Vabadussoja_Ajaloo_Komitee, lk 25
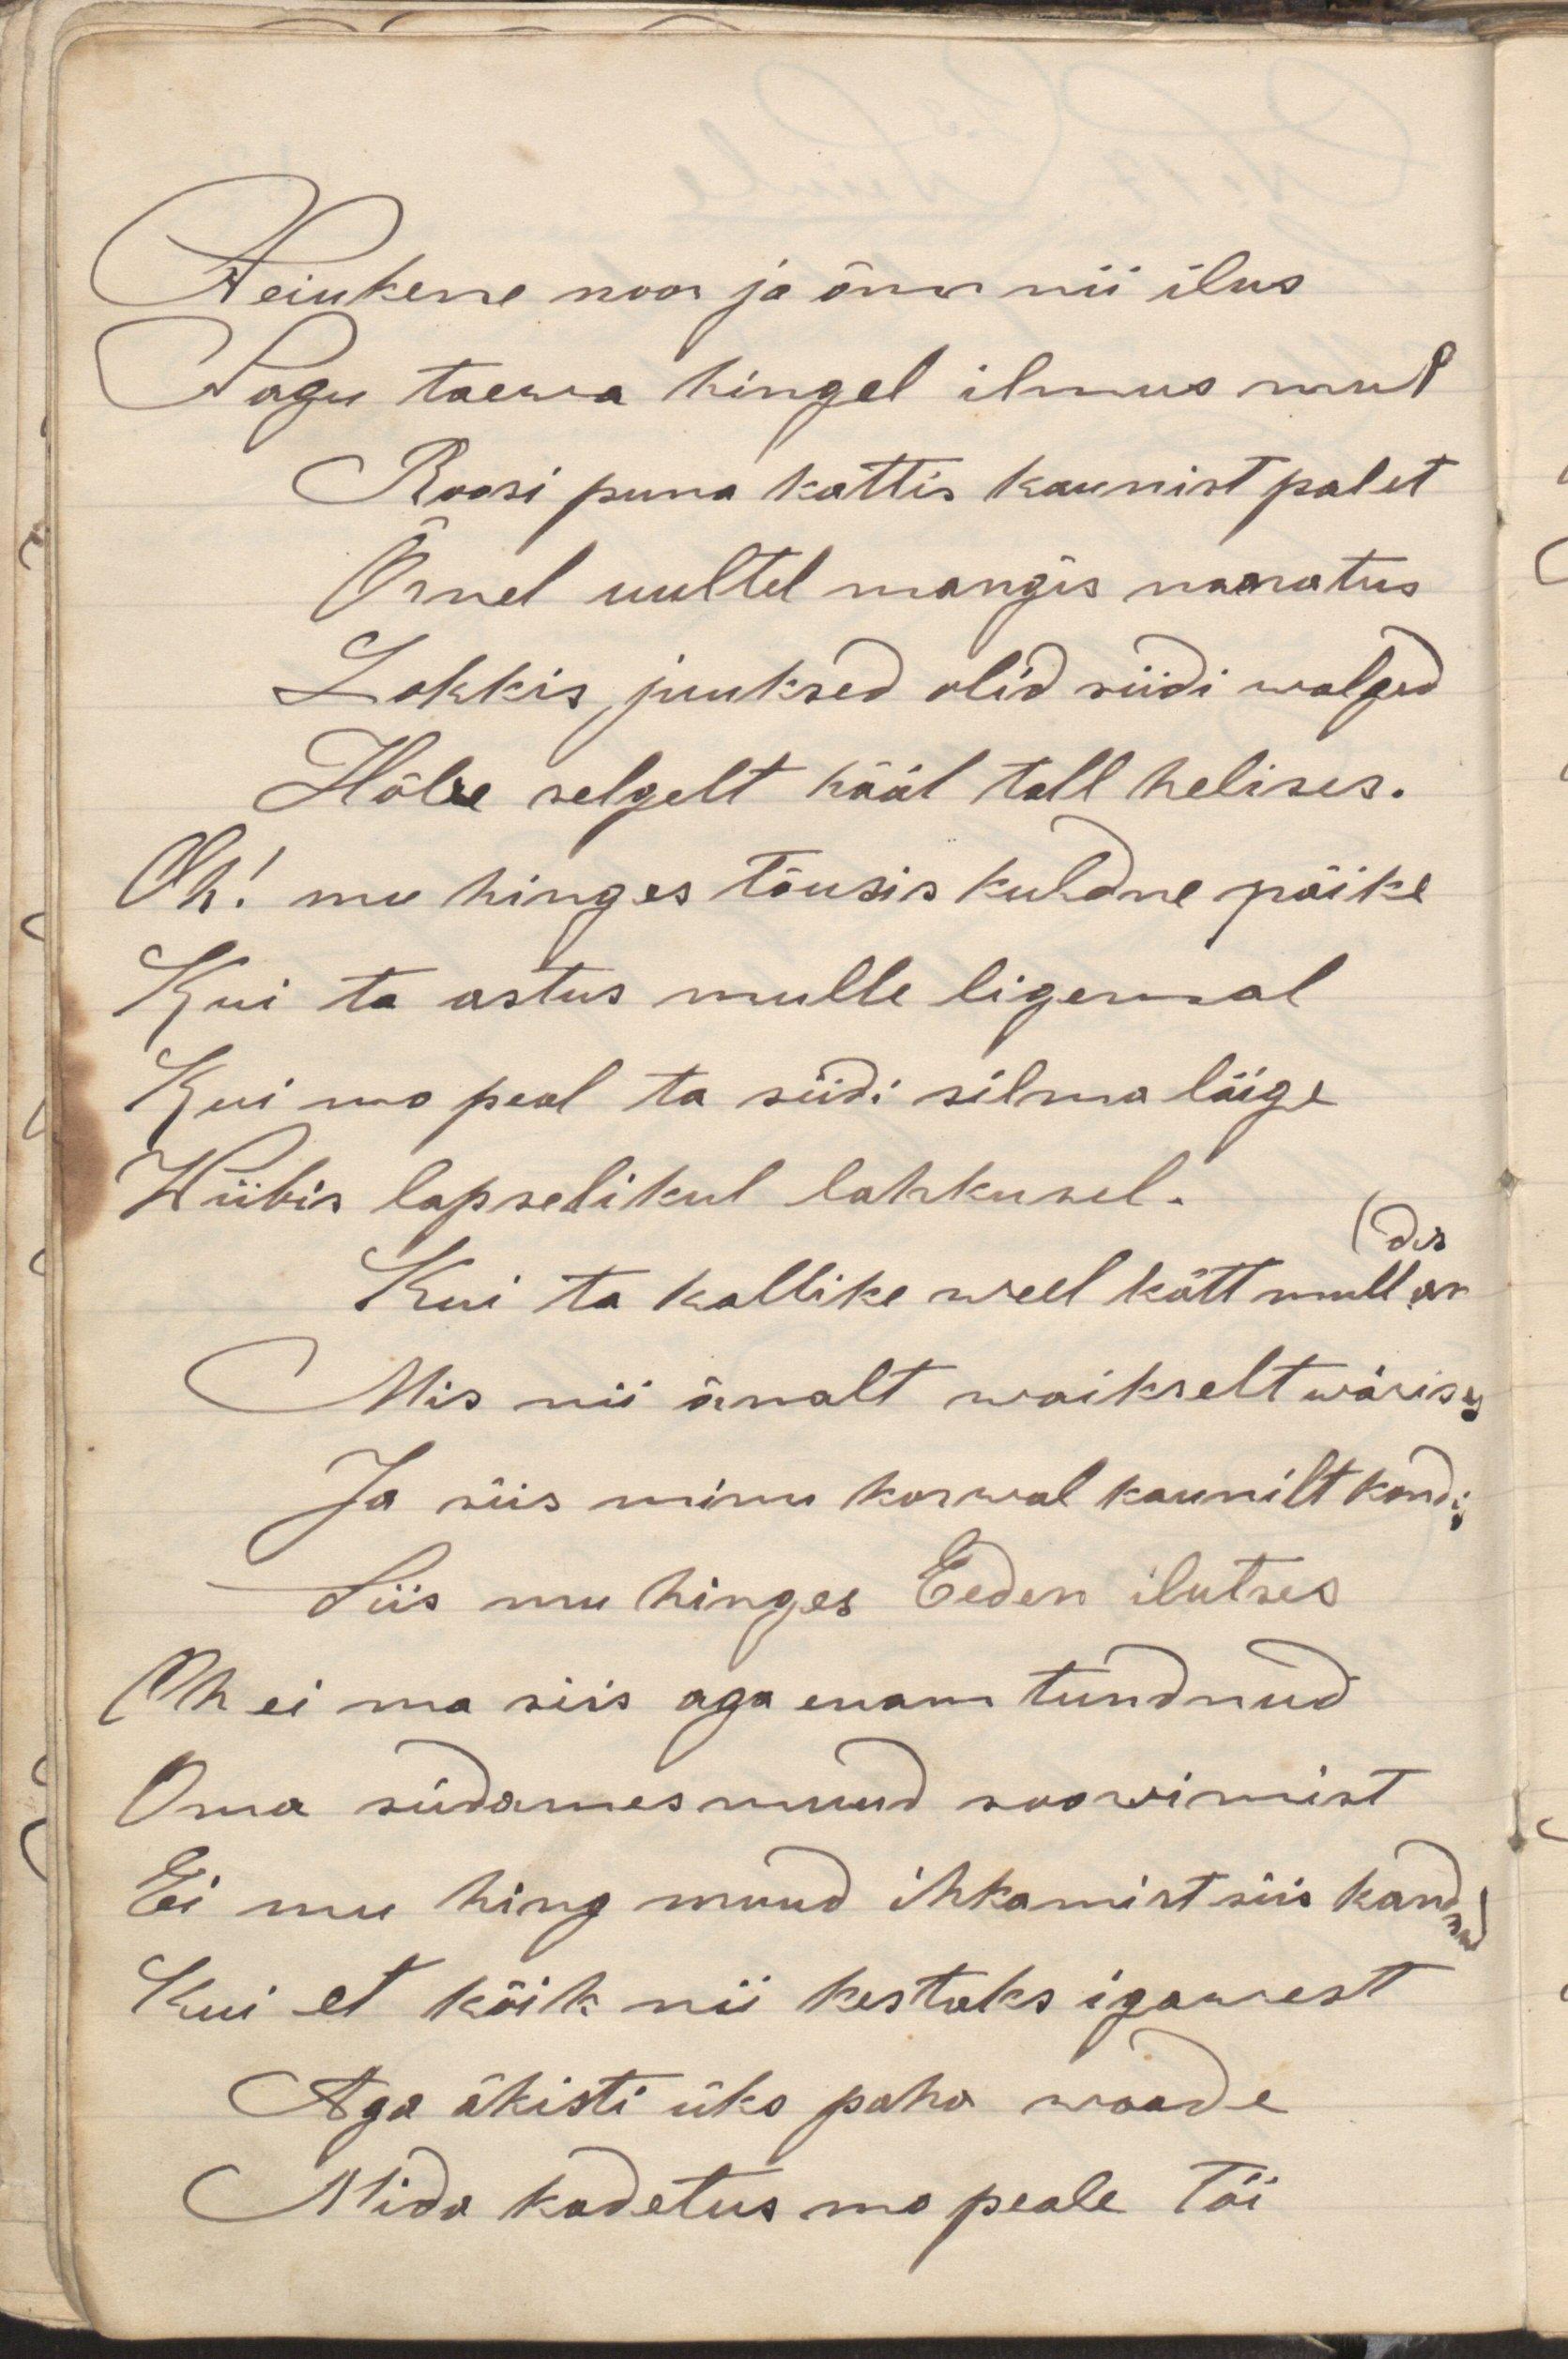
Neiukene noor ja õrn nii ilusNagu taewa hingel ilmus mulRoosi puna kattis kaunist paletÕnnel uultel mangis naeratusLookis juuksed olid siidi walgedHõbe selgelt hääl tall helises.Oh! mu hinges tõusis kuldne päikeKui ta astus mulle ligemalKui ma peal ta siidi silma liigeWiibis lapselikul lahkusel.Kui ta kallike weel kätt mulle andesMis nii õrnalt waikselt wärisesJa siis minu korwal kaunilt kord.Siis mu hinges Eeden ilutsesOh ei ma siis aga enam tundnudOma südames muud soowimistEi mu hing muud ihkamist siis kandnudKui et kõik nii kestaks igawestAga äkisti üks paha waadeMida kadetus mu peale tõi